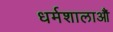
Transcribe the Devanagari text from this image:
धर्मशालाऔं